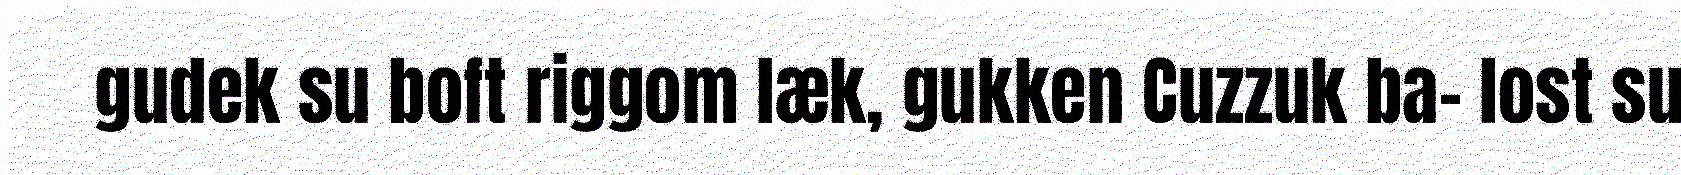
gudek su boft riggom læk, gukken Cuzzuk ba- lost su